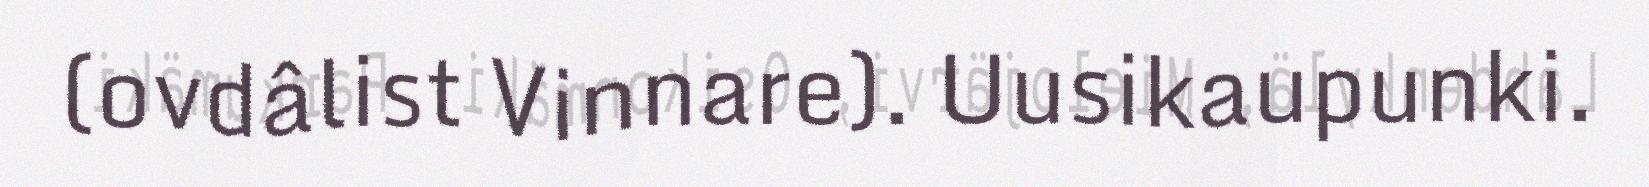
(ovdâlist Vinnare). Uusikaupunki.